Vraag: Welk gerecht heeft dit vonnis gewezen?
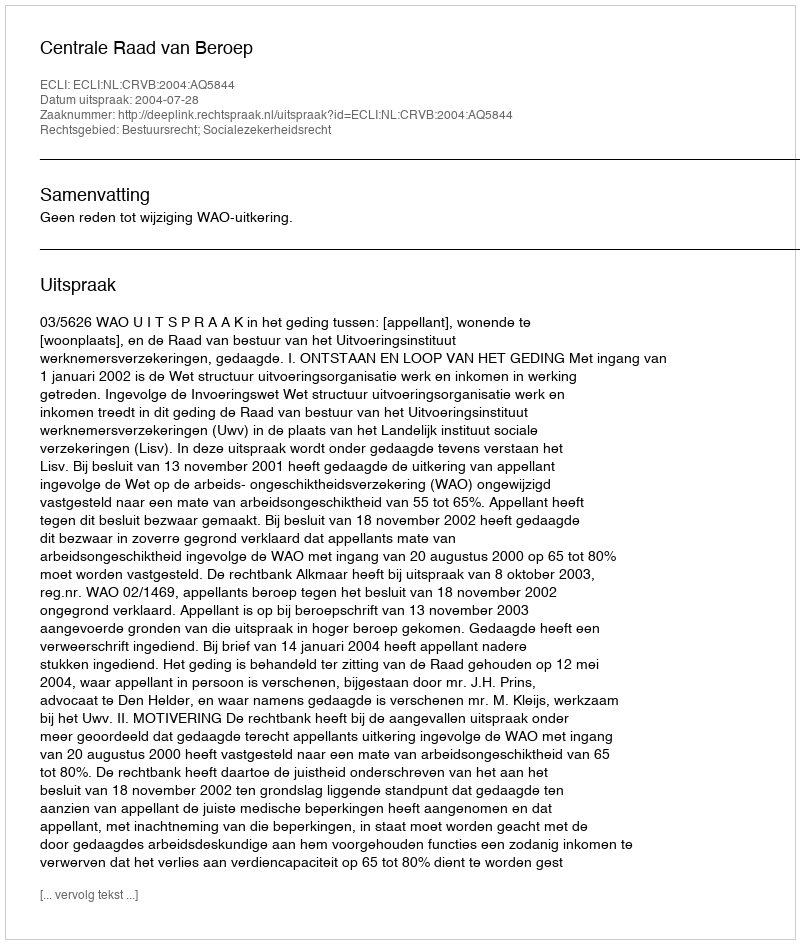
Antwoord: Centrale Raad van Beroep